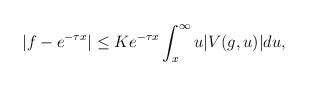
LaTeX: \begin{align*}|f-e^{-\tau x}|\leq Ke^{-\tau x}\int_{x}^{\infty}u|V(g,u)|du,\end{align*}